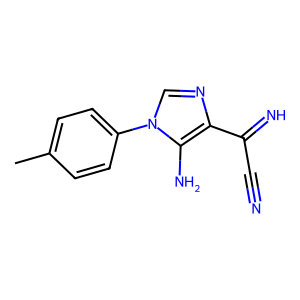
SMILES: Cc1ccc(-n2cnc(C(=N)C#N)c2N)cc1
Inhibits HIV replication: No